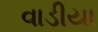
વાડીયા